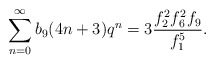
\begin{align*}\sum_{n=0}^{\infty}b_9(4n+3)q^{n}=3\frac{f^{2}_2f^{2}_6f_9}{f^{5}_1}.\end{align*}